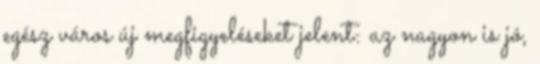
egész város új megfigyeléseket jelent: az nagyon is jó,